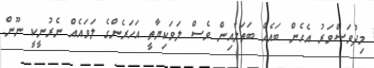
މިދުވަސްވަރު އެހެން ބައެއް ބަތަލާއިން ވެސް ލަވަކިޔާތީ އަހަރެންގެ ލަވައެއް ނެރުނީކީ ނޫން.